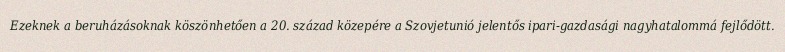
Ezeknek a beruházásoknak köszönhetően a 20. század közepére a Szovjetunió jelentős ipari-gazdasági nagyhatalommá fejlődött.